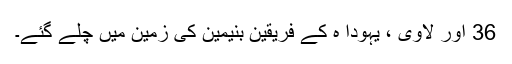
36 اور لاوی ، یہودا ہ کے فریقین بنیمین کی زمین میں چلے گئے۔